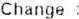
CHANGE :